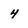
Character: 4